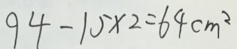
9 4 - 1 5 \times 2 = 6 4 c m ^ { 2 }